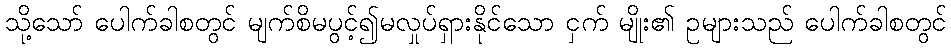
သို့သော် ပေါက်ခါစတွင် မျက်စိမပွင့်၍မလှုပ်ရှားနိုင်သော ငှက် မျိုး၏ ဥများသည် ပေါက်ခါစတွင်